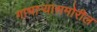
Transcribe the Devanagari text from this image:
गाभाऱ्यासमोरील